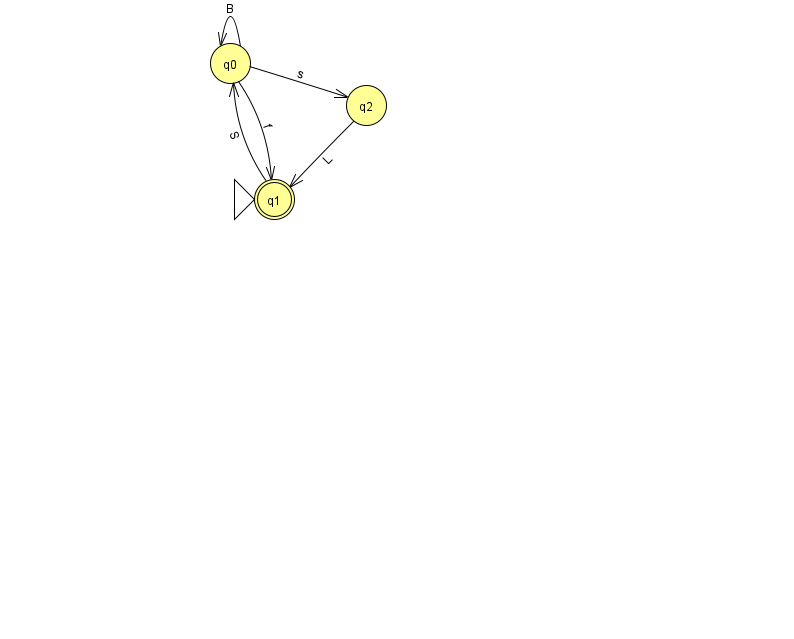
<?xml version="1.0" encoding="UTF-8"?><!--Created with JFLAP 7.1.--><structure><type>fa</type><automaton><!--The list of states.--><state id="0" name="q0"><x>230.0</x><y>50.0</y></state><state id="1" name="q1"><x>274.0</x><y>186.0</y><initial/><final/></state><state id="2" name="q2"><x>366.0</x><y>92.0</y></state><!--The list of transitions.--><transition><from>0</from><to>1</to><read>f</read></transition><transition><from>0</from><to>0</to><read>B</read></transition><transition><from>1</from><to>0</to><read>S</read></transition><transition><from>0</from><to>2</to><read>s</read></transition><transition><from>2</from><to>1</to><read>L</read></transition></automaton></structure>